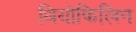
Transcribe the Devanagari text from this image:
थियोफिलिन